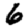
Digit: 6